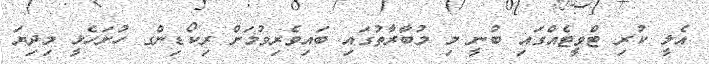
އެލީ ކުރި ޓްވީޓެއްގައި ބުނީ މި މުބާރާތުގައި ބައިވެރިވުމަށް ރިކޯޑިންގ ހުށަހެޅީ މިދިޔަ